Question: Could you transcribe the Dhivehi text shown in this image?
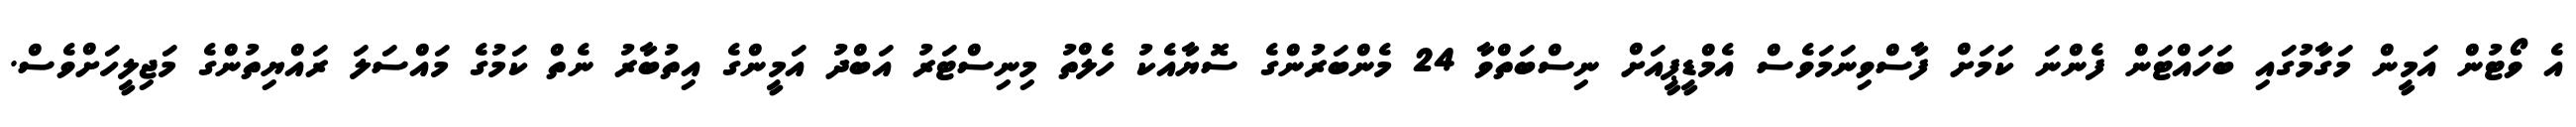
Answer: އެ ވޯޓުން އަމީން މަގާމުގައި ބަހައްޓަން ފެންނަ ކަމަށް ފާސްވިނަމަވެސް އެމްޑީޕީއަށް ނިސްބަތްވާ 24 މެންބަރުންގެ ސޮޔާއެކު ހެލްތު މިނިސްޓަރު އަބްދު އަމީންގެ އިތުބާރު ނެތް ކަމުގެ މައްސަލަ ރައްޔިތުންގެ މަޖިލީހަށްވެސް.